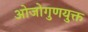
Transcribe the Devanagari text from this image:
ओजोगुणयुक्त